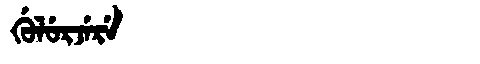
Manchu: ᡤᡠᠯᡠᡵᠵᡝᡵᡝ
Romanization: GULURJERE